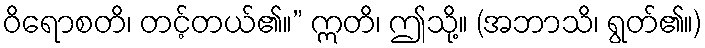
ဝိရောစတိ၊ တင့်တယ်၏။” ဣတိ၊ ဤသို့။ (အဘာသိ၊ ရွတ်၏။)